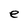
Character: e